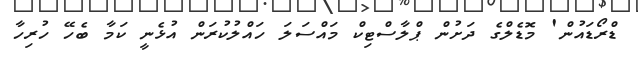
ޑްރޯޑައުން' މޮޑެލްގެ ދަށުން ޕްލާސްޓިކް މައްސަލަ ހައްލުކުރަން އުޅެނީ ކަމާ ބެހޭ ހުރިހާ